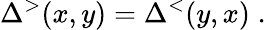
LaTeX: \Delta^{>}(x,y)=\Delta^{<}(y,x)\; .